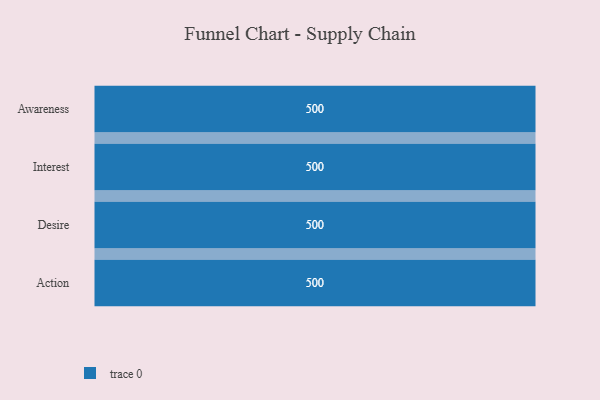
{"axis": {"x": "Stage", "y": "Value"}, "legend": [""], "data": [{"x": "Awareness", "y": 500, "type": ""}, {"x": "Interest", "y": 500, "type": ""}, {"x": "Desire", "y": 500, "type": ""}, {"x": "Action", "y": 500, "type": ""}]}